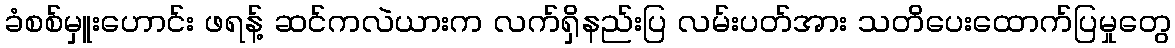
ခံစစ်မှူးဟောင်း ဖရန့် ဆင်ကလဲယားက လက်ရှိနည်းပြ လမ်းပတ်အား သတိပေးထောက်ပြမှုတွေ